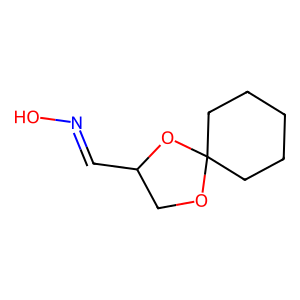
SMILES: ON=CC1COC2(CCCCC2)O1
Inhibits HIV replication: No